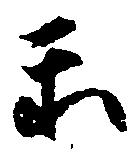
示